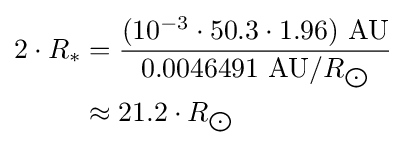
{\begin{aligned}2\cdot R_{*}&={\frac {(10^{-3}\cdot 50.3\cdot 1.96)\ {\text{AU}}}{0.0046491\ {\text{AU}}/R_{\bigodot }}}\\&\approx 21.2\cdot R_{\bigodot }\end{aligned}}